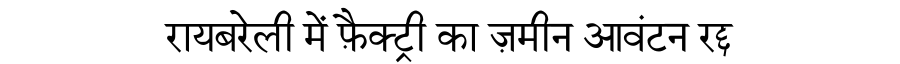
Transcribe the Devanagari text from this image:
रायबरेली में फ़ैक्ट्री का ज़मीन आवंटन रद्द